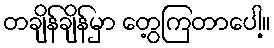
တချိန်ချိန်မှာ တွေ့ကြတာပေါ့။